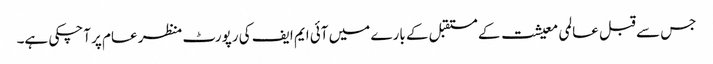
جس سے قبل عالمی معیشت کے مستقبل کے بارے میں آئی ایم ایف کی رپورٹ منظر عام پر آچکی ہے۔